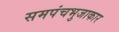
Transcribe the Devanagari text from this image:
समपंचभुजाकार